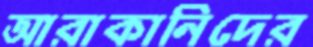
আরাকানিদের